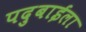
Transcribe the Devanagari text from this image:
पदुबाईला